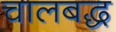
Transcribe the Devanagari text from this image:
चालबद्ध